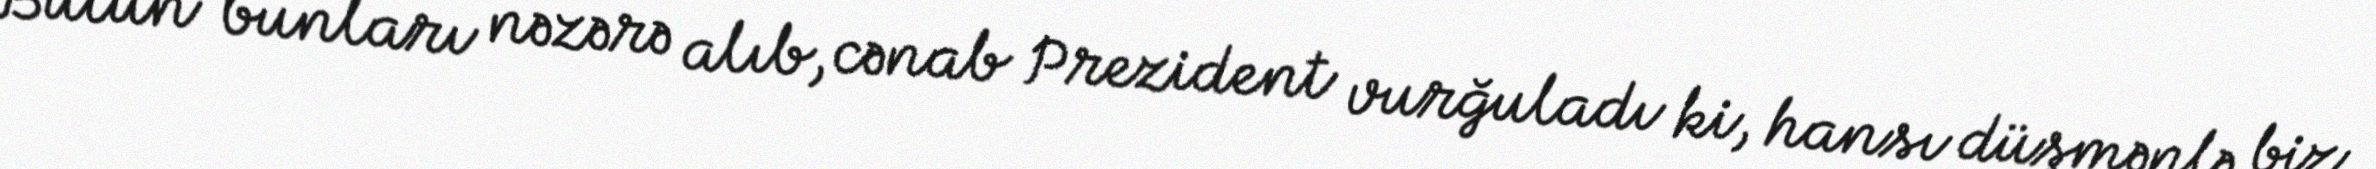
Bütün bunları nəzərə alıb, cənab Prezident vurğuladı ki, hansı düşmənlə biz